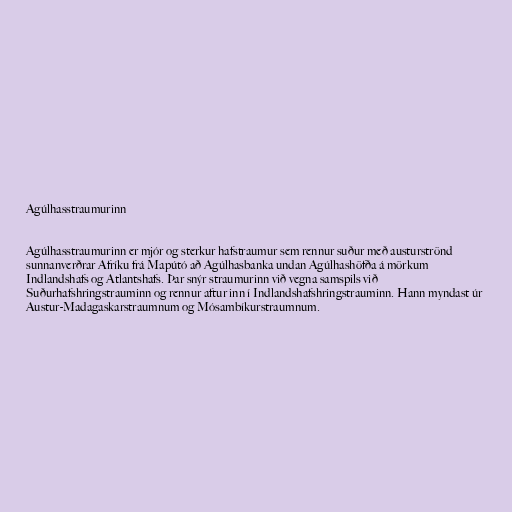
Agúlhasstraumurinn

Agúlhasstraumurinn er mjór og sterkur hafstraumur sem rennur suður með austurströnd
sunnanverðrar Afríku frá Mapútó að Agúlhasbanka undan Agúlhashöfða á mörkum
Indlandshafs og Atlantshafs. Þar snýr straumurinn við vegna samspils við
Suðurhafshringstrauminn og rennur aftur inn í Indlandshafshringstrauminn. Hann myndast úr
Austur-Madagaskarstraumnum og Mósambíkurstraumnum.